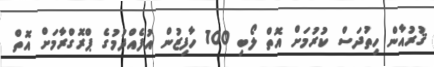
ޤުރުއާން ހިތުދަސް ކުރުމަށް އޮތް ލޯބި 100 ހާފިޒުން އުފެއްދުމުގެ ޕްރޮގްރާމަށް އޮތް